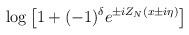
\begin{align*}\log \left[ 1+(-1)^{\delta }e^{\pm iZ_{N}(x\pm i\eta )}\right]\end{align*}